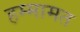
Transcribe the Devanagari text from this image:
हम्मामत